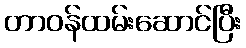
တာဝန်ထမ်းဆောင်ပြီး